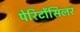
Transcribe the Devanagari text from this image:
पेरिटोंसिलर